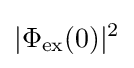
|\Phi _{\rm {ex}}(0)|^{2}